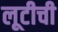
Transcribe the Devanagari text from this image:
लूटीची